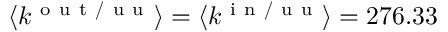
\langle k ^ { \mathrm { ~ o ~ u ~ t ~ / ~ u ~ u ~ } } \rangle = \langle k ^ { \mathrm { ~ i ~ n ~ / ~ u ~ u ~ } } \rangle = 2 7 6 . 3 3